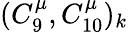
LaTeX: (C_{9}^{\mu},C_{10}^{\mu})_{k}